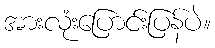
အားလုံးပြောင်းပြန်ပဲ။